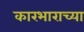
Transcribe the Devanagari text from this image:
कारभाराच्या